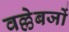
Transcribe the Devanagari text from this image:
वल्लेबजों